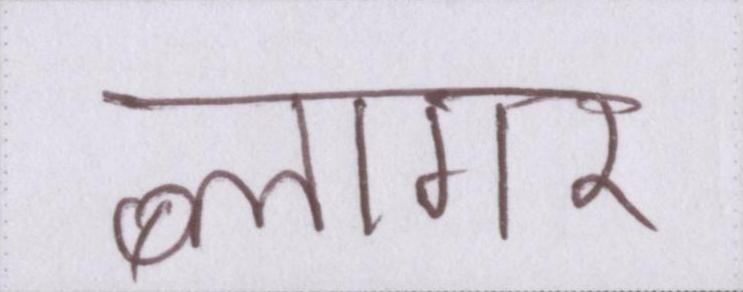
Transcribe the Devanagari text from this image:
ब्लागर